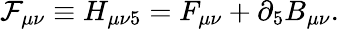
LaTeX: {\cal F}_{\mu\nu}\equiv H_{\mu\nu 5}=F_{\mu\nu}+\partial_{5}B_{\mu\nu}.